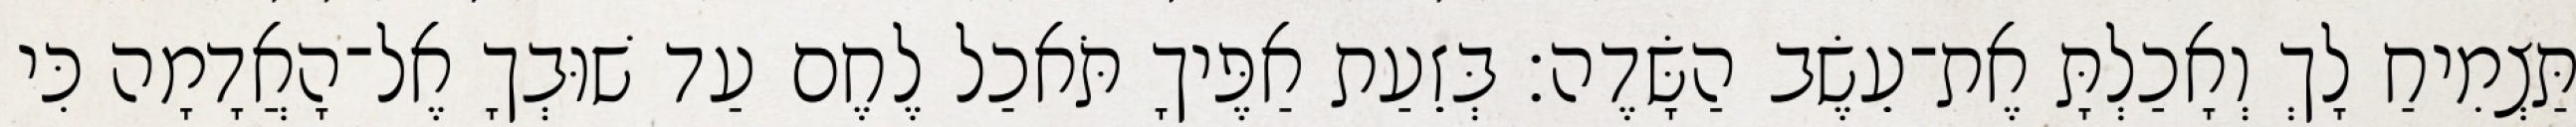
תַּצְמִיחַ לָךְ וְאָכַלְתָּ אֶת־עֵשֶׂב הַשָּׂדֶה׃ בְּזֵעַת אַפֶּיךָ תֹּאכַל לֶחֶם עַד שׁוּבְךָ אֶל־הָאֲדָמָה כִּי